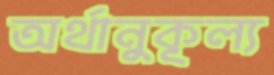
অর্থানুকূল্য